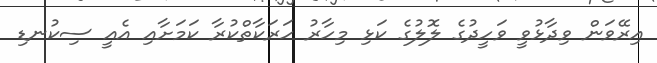
އިރޭވަން ވިދާޅުވީ ވަހީދުގެ ލޮލުގެ ކަޅި މިހާރު ހަރަކާތްކުރާ ކަމަށާއި އެއީ ސިކުނޑި